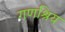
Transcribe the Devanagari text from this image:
गणश्रिय